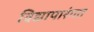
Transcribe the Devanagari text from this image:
विद्यापारंगत